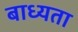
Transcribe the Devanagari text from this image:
बाध्‍यता